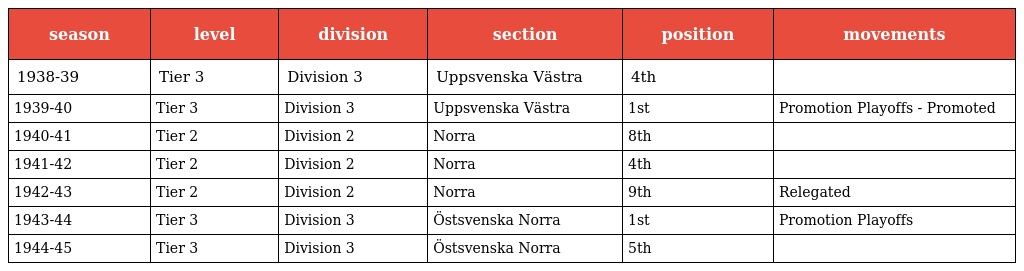
| season | level | division | section | position | movements |
 | --- | --- | --- | --- | --- | --- |
 | 1938-39 | Tier 3 | Division 3 | Uppsvenska Västra | 4th |  |
 | 1939-40 | Tier 3 | Division 3 | Uppsvenska Västra | 1st | Promotion Playoffs - Promoted |
 | 1940-41 | Tier 2 | Division 2 | Norra | 8th |  |
 | 1941-42 | Tier 2 | Division 2 | Norra | 4th |  |
 | 1942-43 | Tier 2 | Division 2 | Norra | 9th | Relegated |
 | 1943-44 | Tier 3 | Division 3 | Östsvenska Norra | 1st | Promotion Playoffs |
 | 1944-45 | Tier 3 | Division 3 | Östsvenska Norra | 5th |  |